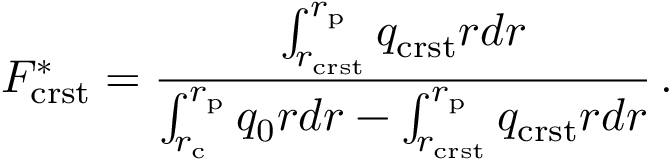
F _ { \mathrm { c r s t } } ^ { * } = \frac { \int _ { r _ { \mathrm { c r s t } } } ^ { r _ { \mathrm { p } } } q _ { \mathrm { c r s t } } r d r } { \int _ { r _ { \mathrm { c } } } ^ { r _ { \mathrm { p } } } q _ { 0 } r d r - \int _ { r _ { \mathrm { c r s t } } } ^ { r _ { \mathrm { p } } } q _ { \mathrm { c r s t } } r d r } \, .